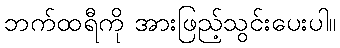
ဘက်ထရီကို အားဖြည့်သွင်းပေးပါ။